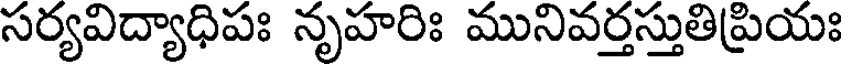
సర్యవిద్యాధిపః నృహరిః మునివర్తస్తుతిప్రియః